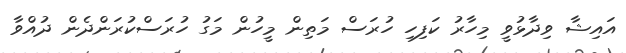
އައިޝާ ވިދާޅުވީ މިހާރު ކަފިހި ހުރަސް މަތިން މީހުން މަގު ހުރަސްކުރަންދެން ދުއްވާ